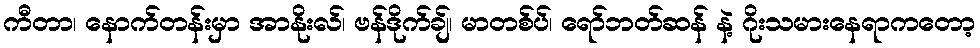
ကီတာ၊ နောက်တန်းမှာ အာနိုးလ်၊ ဗန်ဒိုက်ချ်၊ မာတစ်ပ်၊ ရော်ဘတ်ဆန် နဲ့ ဂိုးသမားနေရာကတော့